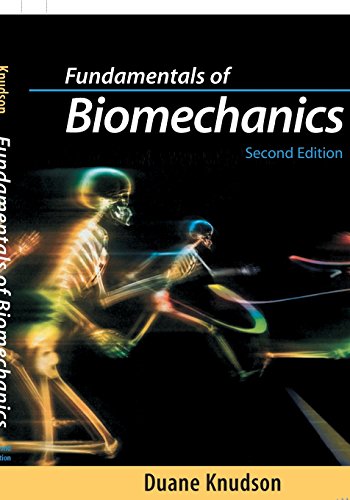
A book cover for Fundamentals of Biomechanics; Duane Knudson; Science & Math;